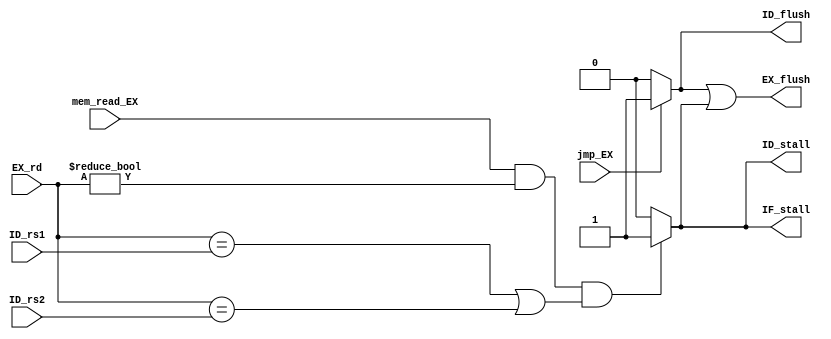
`timescale 1ns / 1ps
//////////////////////////////////////////////////////////////////////////////////
// Company: 
// Engineer: 
// 
// Design Name: 
// Module Name: hazard_handle
// Project Name: 
// Target Devices: 
// Tool Versions: 
// Description: 
// 
// Dependencies: 
// 
// Revision:
// Revision 0.01 - File Created
// Additional Comments:
// 
//////////////////////////////////////////////////////////////////////////////////


module hazard_handle(
    input mem_read_EX, 
    input [4:0] EX_rd,
    input [4:0] ID_rs1, ID_rs2,
    output reg IF_stall, ID_stall,
    input jmp_EX,                           // brjal/jalr
    output EX_flush,
    output reg ID_flush
    );

    reg EX_flush_load, EX_flush_jmp;

    assign EX_flush = EX_flush_jmp || EX_flush_load;

    always @(*) begin
        if (mem_read_EX && EX_rd != 0 && (EX_rd == ID_rs1 || EX_rd == ID_rs2)) begin
            IF_stall = 1;
            ID_stall = 1;
            EX_flush_load = 1;
        end else begin
            IF_stall = 0;
            ID_stall = 0;
            EX_flush_load = 0;
        end
    end

    always @(*) begin
        if (jmp_EX) begin
            ID_flush = 1;
            EX_flush_jmp = 1;
        end else begin
            ID_flush = 0;
            EX_flush_jmp = 0;
        end
    end
endmodule